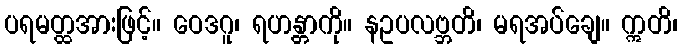
ပရမတ္ထအားဖြင့်။ ဝေဒဂူ၊ ရဟန္တာကို။ နဥပလဗ္ဘတိ၊ မရအပ်ချေ။ ဣတိ၊